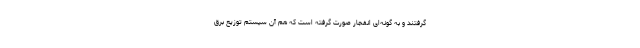
گرفتند و به گونه‌ای انفجار صورت گرفته است که هم آن سیستم توزیع برق